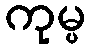
ကုမ္ပ